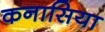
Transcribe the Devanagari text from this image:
कनासिया